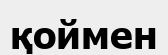
қоймен